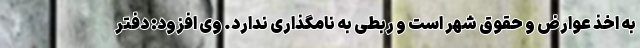
به اخذ عوارض و حقوق شهر است و ربطی به نامگذاری ندارد. وی افزود: دفتر